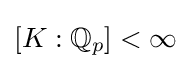
[K:\mathbb {Q} _{p}]<\infty